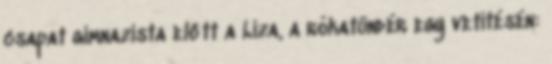
csapat gimnazista előtt a Liza, a rókatündér egy vetítésén: